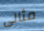
مثالى